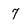
Character: 7